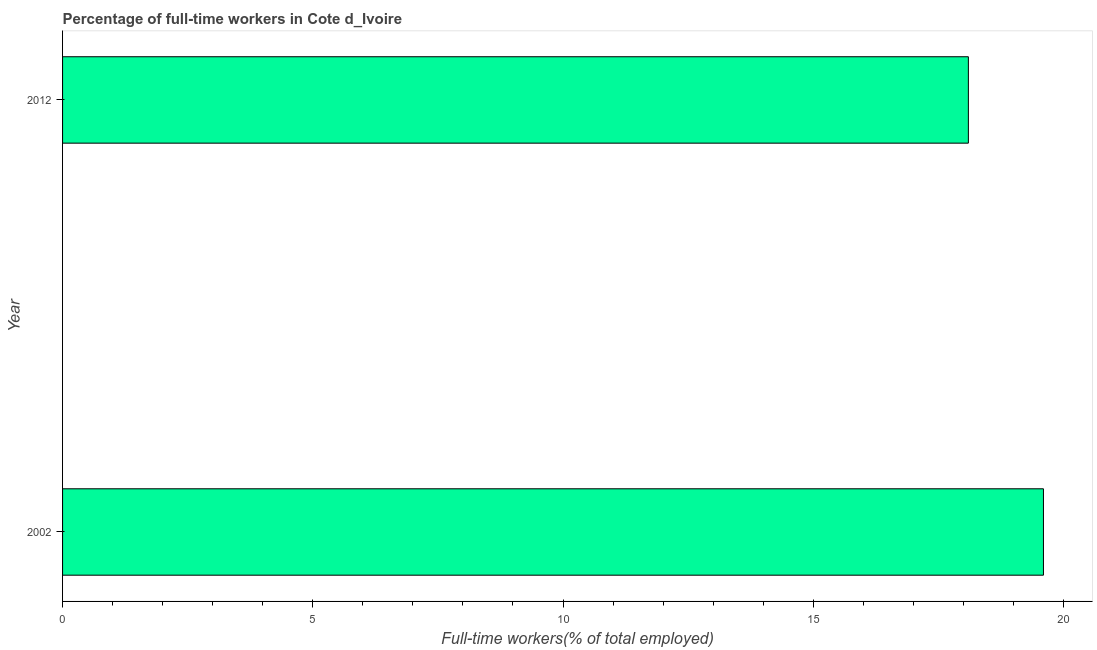
| Year | Wage and salaried workers |
 | --- | --- |
 | 2002 | 19.6 |
 | 2012 | 18.1 |